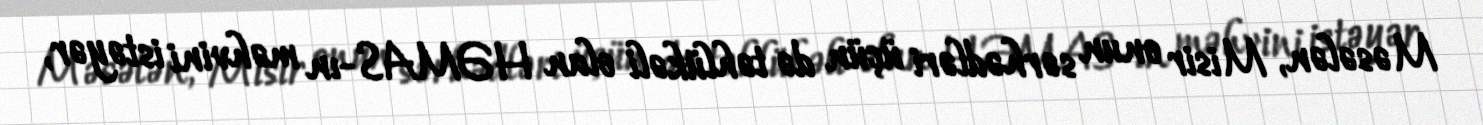
Məsələn, Misir onun sərhədləri üçün də təhlükəli olan HƏMAS-ın məhvini istəyər,